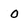
Character: o